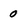
Character: 0